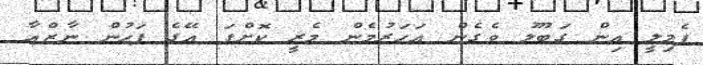
ފެމިލީ އިން ގަބޫލު ވެގެން އަހަރުމެން މެރީ ކޮށްފަ އޭގެ ފަހުން ނާޒްއާ